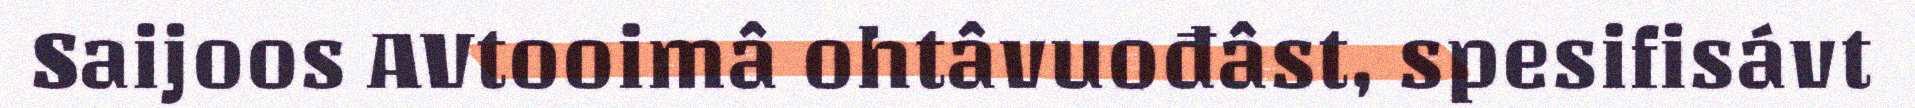
Saijoos AVtooimâ ohtâvuođâst, spesifisávt